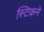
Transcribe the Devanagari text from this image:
स्टिकने